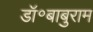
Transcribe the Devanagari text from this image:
डॉ॰बाबुराम